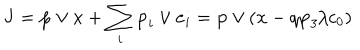
LaTeX: { \bf J } = { \bf p } \vee { \bf x } + \sum _ { i } { \bf p } _ { i } \vee { \bf e } _ { i } = { \bf p } \vee ( { \bf x } - q { \bf p } _ { 3 } / c _ { 0 } )